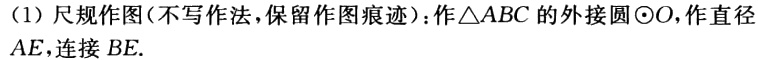
（1）尺规作图（不写作法，保留作图痕迹）：作\(\triangle ABC\)的外接圆\(\odot O\)，作直径\(AE\)，连接\(BE\).